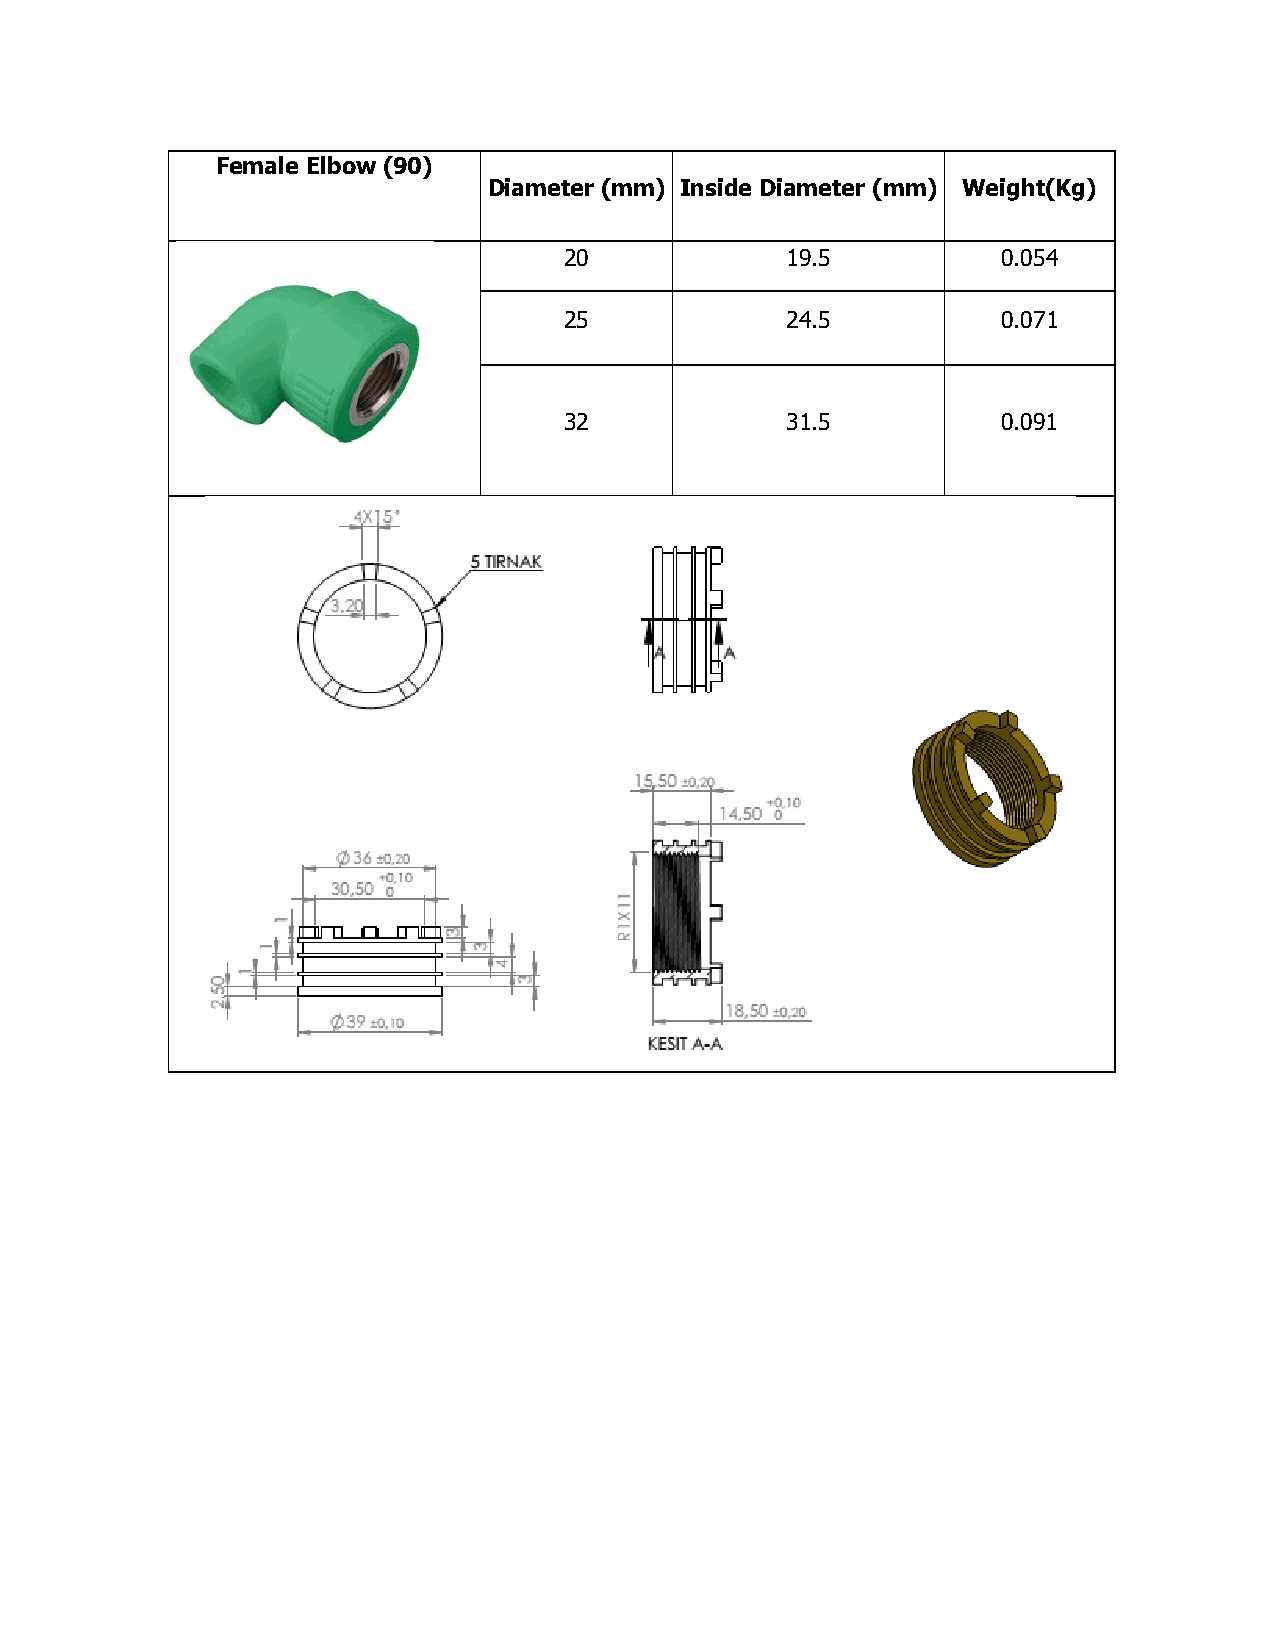
Female Elbow (90)
 Diameter (mm) Inside Diameter (mm) Weight(Kg)
 20             19.5          0.054
 25             24.5          0.071
 32             31.5          0.091